Report of the Hyderabad Chloroform Commission
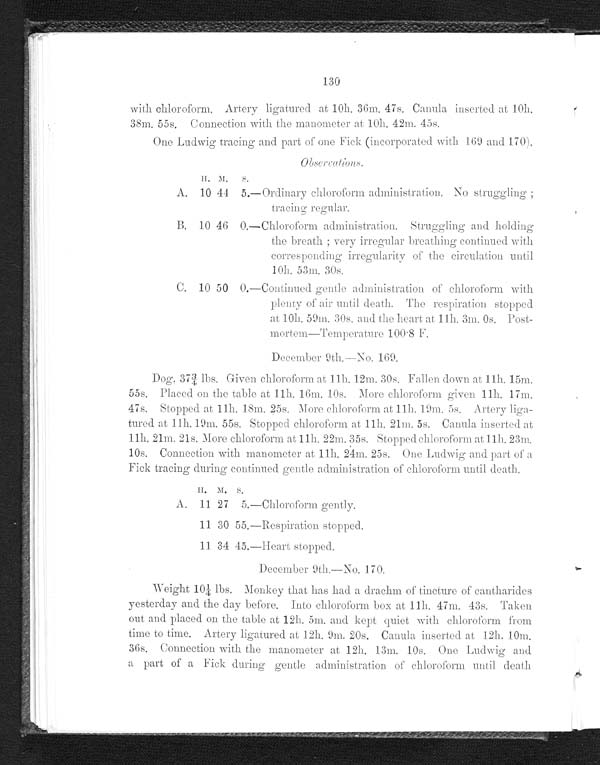
130
with chloroform. Artery ligatured at 10h. 36m. 47s. Canula inserted at 10h.
38m. 55s. Connection with the manometer at 10h. 42m. 45s.
One Ludwig tracing and part of one Fick (incorporated with 169 and 170).
Observations.
H. M.
A. 10 44 5.—Ordinary chloroform administration. No struggling ;
tracing regular.
B. 10 46 0.—Chloroform administration. Struggling and holding
the breath ; very irregular breathing continued with
corresponding irregularity of the circulation until
10h. 53m. 30s.
C. 10 50 0.—Continued gentle administration of chloroform with
plenty of air until death. The respiration stopped
at 10h. 59m. 30s. and the heart at 11h. 3m. 0s. Post-
mortem—Temperature 100.8 F.
December 9th.—No. 169.
Dog. 37¾ lbs. Given chloroform at 11h. 12m. 30s. Fallen down at 11h, 15m.
55s. Placed on the table at 11h. 16m. 10s. More chloroform given 11h. 17m.
47s. Stopped at 11h. 18m. 25s. More chloroform at 11h. 19m. 5s. Artery liga
-tured at 11h. 19m. 55s. Stopped chloroform at 11h. 21m. 5s. Canula inserted at
11h. 21m. 21s. More chloroform at 11h. 22m. 35s. Stopped chloroform at 11h. 23m.
10s. Connection with manometer at 11h. 24m. 25s. One Ludwig and part of a
Fick tracing during continued gentle administration of chloroform until death.
H. M. S.
A. 11 27 5.—Chloroform gently.
11 30 55.—Respiration stopped.
11 34 45.—Heart stopped.
December 9th.—No. 170.
Weight 10¼ lbs. Monkey that has had a drachm of tincture of cantharides
yesterday and the day before. Into chloroform box at 11h. 47m. 43s. Taken
out and placed on the table at 12h. 5m. and kept quiet with chloroform from
time to time. Artery ligatured at 12h. 9m. 20s. Canula inserted at 12h. 10m.
36s. Connection with the manometer at 12h. 13m. 10s. One Ludwig and
a part of a Fick during gentle administration of chloroform until deat
h